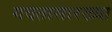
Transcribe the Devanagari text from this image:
गवतासारख्या